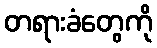
တရားခံတွေကို